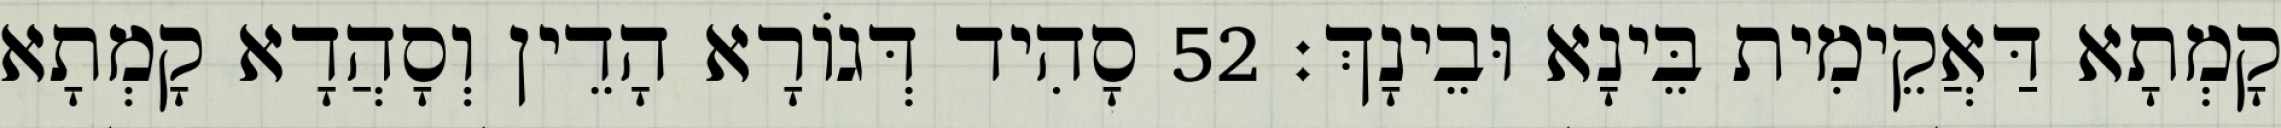
קָמְתָא דַּאֲקֵימִית בֵּינָא וּבֵינָךְ׃ 52 סָהִיד דְּגוֹרָא הָדֵין וְסָהֲדָא קָמְתָא